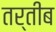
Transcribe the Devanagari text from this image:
तर्तीब